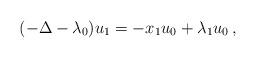
LaTeX: \begin{align*}(-\Delta -\lambda_0) u_{1} = - x_1 u_0 + \lambda_{1} u_0\,,\end{align*}